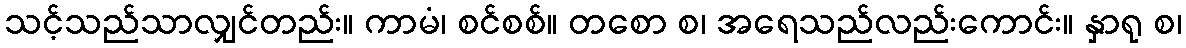
သင့်သည်သာလျှင်တည်း။ ကာမံ၊ စင်စစ်။ တစော စ၊ အရေသည်လည်းကောင်း။ နှာရု စ၊